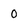
Character: 0